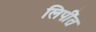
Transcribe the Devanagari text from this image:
लिपींत